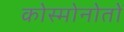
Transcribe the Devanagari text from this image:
कोस्मोनोतों